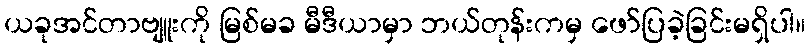
ယခုအင်တာဗျူးကို မြစ်မခ မီဒီယာမှာ ဘယ်တုန်းကမှ ဖော်ပြခဲ့ခြင်းမရှိပါ။